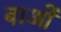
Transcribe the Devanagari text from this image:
बाओं